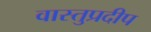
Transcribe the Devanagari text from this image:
वास्तुप्रदीप